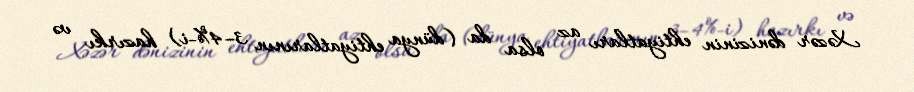
Xəzər dənizinin ehtiyatları az olsa da (dünya ehtiyatlarının 3–4%-i) hazırkı və